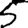
Digit: 5